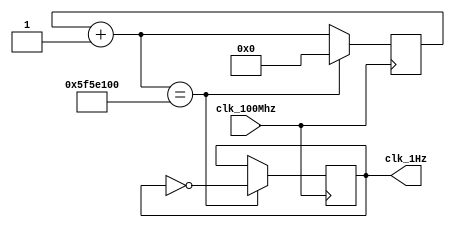
`timescale 1ns / 1ps
//////////////////////////////////////////////////////////////////////////////////
// Module Name: Slower_Clock
// ECE425L LAB #4 Problem 1
// Purpose: Slower the Nexy's 4 clock down to 2Sec period 
//////////////////////////////////////////////////////////////////////////////////


module Slower_Clock(
    input clk_100Mhz,
    output reg clk_1Hz
    );
    
    reg [26:0] counter; 
    always @ (posedge clk_100Mhz) 
    begin 
        counter = counter +1; // Increment counter 
        if (counter == 100_000_000) // check if it reaches 50,000,000 
        begin 
            clk_1Hz=~clk_1Hz; // if so, then flip the logic state of the 
            counter =0; // output and reset the counte 
        end 
    end
endmodule